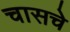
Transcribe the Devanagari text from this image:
चासचे